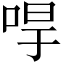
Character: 𠳲